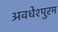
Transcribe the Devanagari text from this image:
अवधेश्पुरम